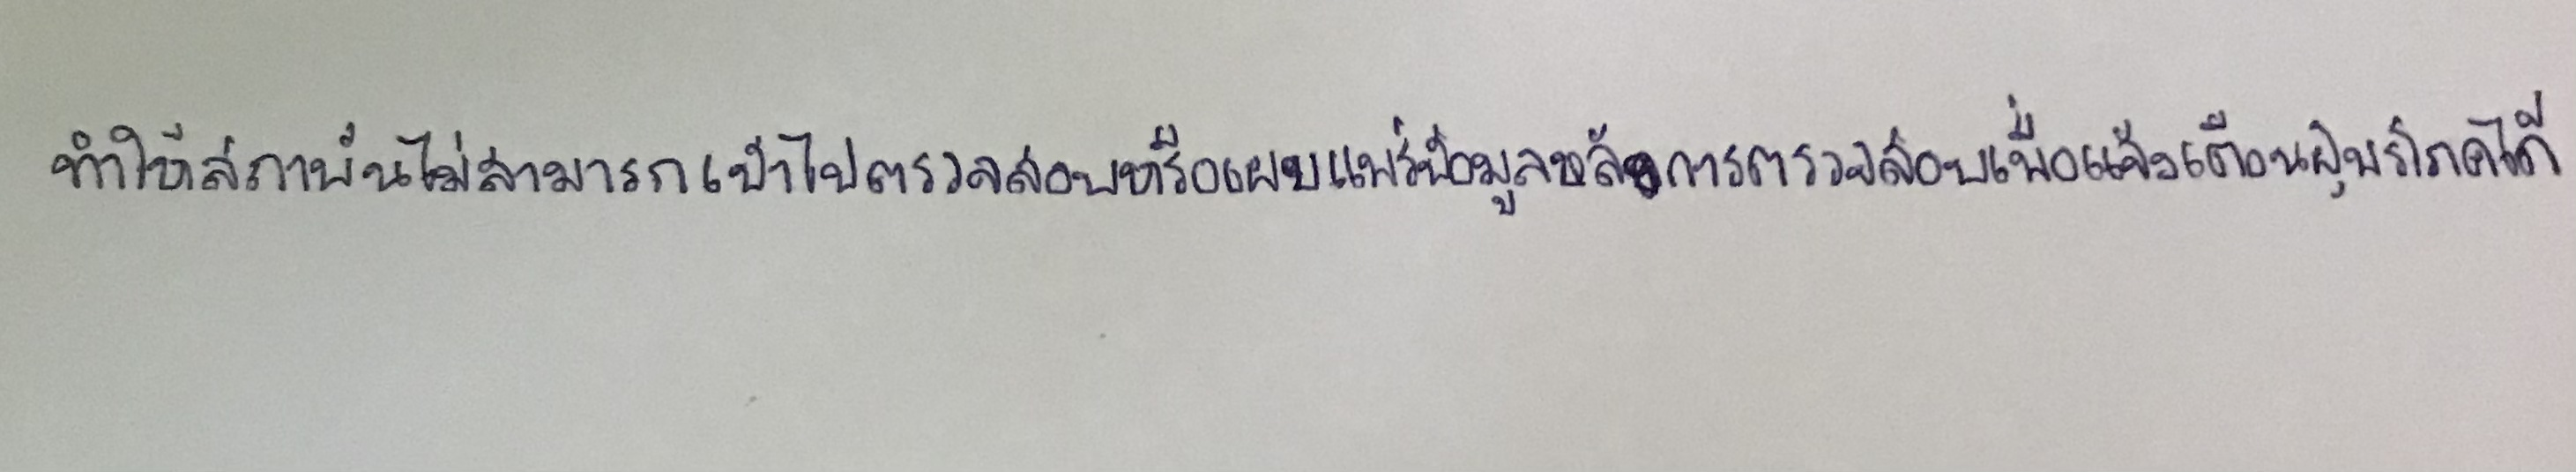
ทำให้สถาบันไม่สามารถเข้าไปตรวจสอบหรือเผยแพร่ข้อมูลหลังการตรวจสอบเพื่อแจ้งเตือนผู้บริโภคได้